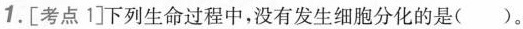
1.[考点1]下列生命过程中，没有发生细胞分化的是()。